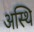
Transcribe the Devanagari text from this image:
अस्‍थि